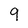
Character: 9